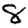
Digit: 8